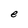
Character: e